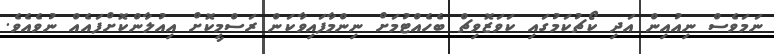
ނަމަވެސް ނިއުއިން އަދި ކޯޗުކަމުގައި ކަވަޒޮވިޗް ބެހެއްޓުމަށް ނިންމާފައިވާކަން ރަސްމީކޮށް އިއުލާންކޮށްފައެއް ނުވެއެވެ.